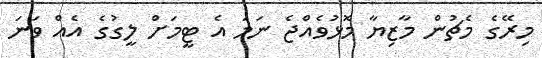
މިރޭގެ މެޗުން މާޒިޔާ މޮޅުވެއްޖެ ނަމަ އެ ޓީމަށް ލީގުގެ އެއް ވަނަ